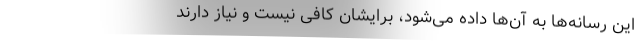
این رسانه‌ها به آن‌ها داده می‌شود، برایشان کافی نیست و نیاز دارند